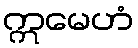
ဣမေဟံ